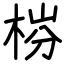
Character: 梤